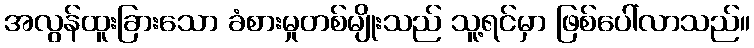
အလွန်ထူးခြားသော ခံစားမှုတစ်မျိုးသည် သူ့ရင်မှာ ဖြစ်ပေါ်လာသည်။